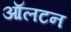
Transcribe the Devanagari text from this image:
ऑलटन